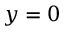
y = 0